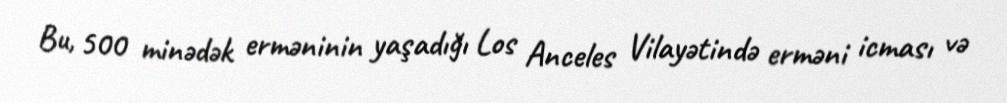
Bu, 500 minədək erməninin yaşadığı Los Anceles Vilayətində erməni icması və